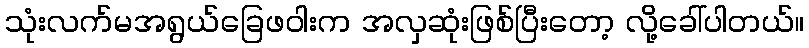
သုံးလက်မအရွယ်ခြေဖဝါးက အလှဆုံးဖြစ်ပြီးတော့ လို့ခေါ်ပါတယ်။